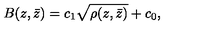
B ( z , \bar { z } ) = c _ { 1 } \sqrt { \rho ( z , \bar { z } ) } + c _ { 0 } ,